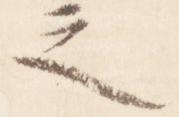
之